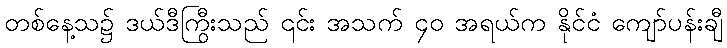
တစ်နေ့သ၌ ဒယ်ဒီကြီးသည် ၎င်း အသက် ၄၀ အရွယ်က နိုင်ငံ ကျော်ပန်းချီ